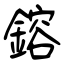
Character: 鎔